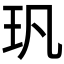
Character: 㺬